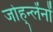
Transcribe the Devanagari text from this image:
जोह्न्लेंनों